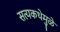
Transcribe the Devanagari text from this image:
सत्यकथेमुळे